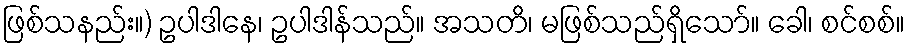
ဖြစ်သနည်း။) ဥပါဒါနေ၊ ဥပါဒါန်သည်။ အသတိ၊ မဖြစ်သည်ရှိသော်။ ခေါ၊ စင်စစ်။